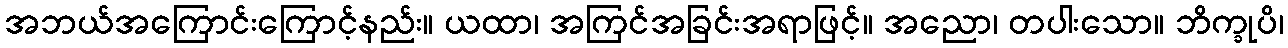
အဘယ်အကြောင်းကြောင့်နည်း။ ယထာ၊ အကြင်အခြင်းအရာဖြင့်။ အညော၊ တပါးသော။ ဘိက္ခုပိ၊